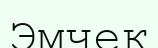
Эмчек